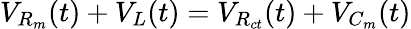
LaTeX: V_{R_{m}}(t)+V_{L}(t)=V_{R_{ct}}(t)+V_{C_{m}}(t)